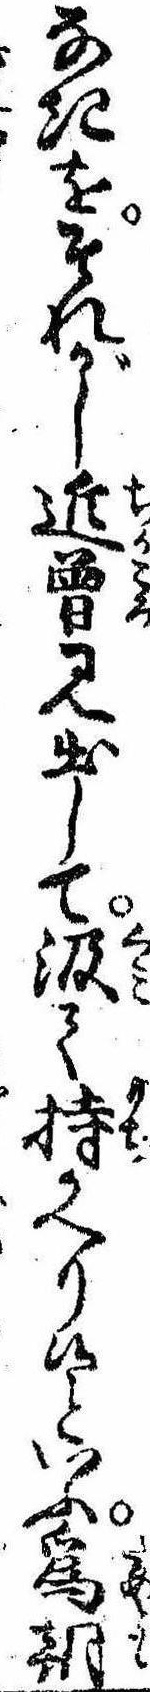
なきをそれがし近曽見出して汲て持かへり候といふ為朝